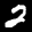
Label: 2